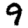
Digit: 9